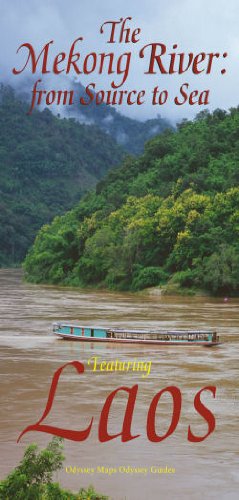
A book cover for LAOS - The Mekong River Map; Odyssey Map; Travel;